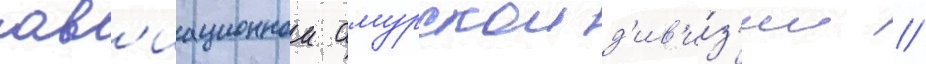
ав'иационнои амурскои д'ив'и́з'ии //